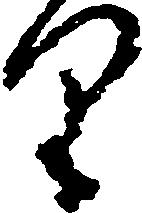
り